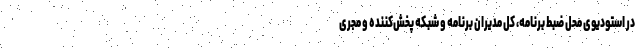
در استودیوی محل ضبط برنامه، کل مدیران برنامه و شبکه پخش‌کننده و مجری